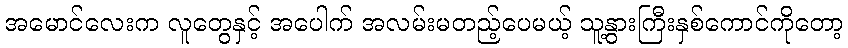
အမောင်လေးက လူတွေနှင့် အပေါက် အလမ်းမတည့်ပေမယ့် သူ့နွားကြီးနှစ်ကောင်ကိုတော့